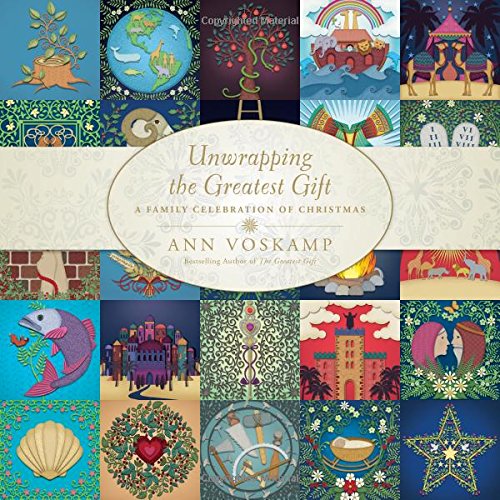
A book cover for Unwrapping the Greatest Gift: A Family Celebration of Christmas; Ann Voskamp; Christian Books & Bibles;